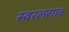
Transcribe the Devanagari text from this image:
स्वरलगाव